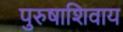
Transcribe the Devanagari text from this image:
पुरुषाशिवाय